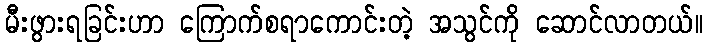
မီးဖွားရခြင်းဟာ ကြောက်စရာကောင်းတဲ့ အသွင်ကို ဆောင်လာတယ်။